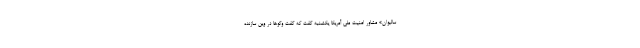
سالیوان» مشاور امنیت ملی آمریکا یکشنبه گفت که گفت وگوها در وین سازنده